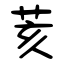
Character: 荄